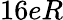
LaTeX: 16eR